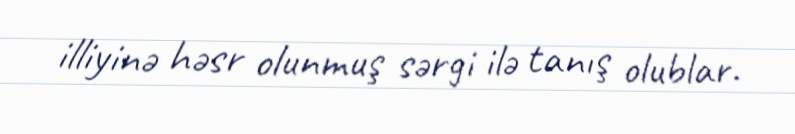
illiyinə həsr olunmuş sərgi ilə tanış olublar.